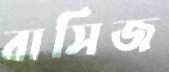
বাসিজ